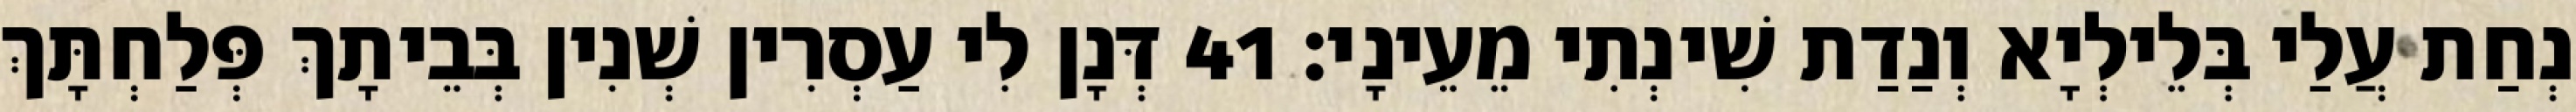
נְחַת עֲלַי בְּלֵילְיָא וְנַדַת שִׁינְתִי מֵעֵינָי׃ 41 דְּנָן לִי עַסְרִין שְׁנִין בְּבֵיתָךְ פְּלַחְתָּךְ